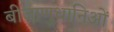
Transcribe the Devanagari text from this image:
बीजाणुधानिओं